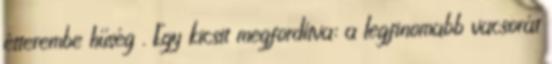
étterembe hűség . Egy kicsit megfordítva: a legfinomabb vacsorát